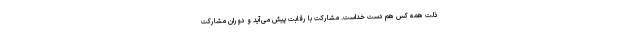
ذلت همه کس هم دست خداست. مشارکت با رقابت پیش می‌آید و دوران مشارکت